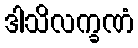
ဒါသိလက္ခဏံ